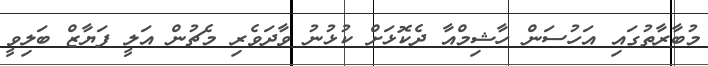
މުބާރާތުގައި އަހުސަން ހާޝިމްއާ ދެކޮޅަށް ކުޅުނު ވާދަވެރި މެޗުން އަލީ ފަޔާޒް ބަލިވީ